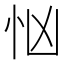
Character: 忷